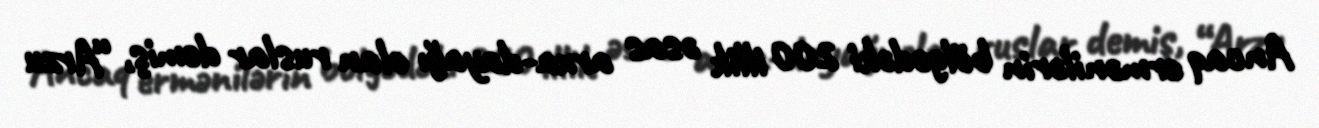
Ancaq ermənilərin bölgədəki 200 illik əsas arxa-dayağı olan ruslar demiş, “Arzu